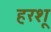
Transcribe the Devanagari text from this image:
हरशू